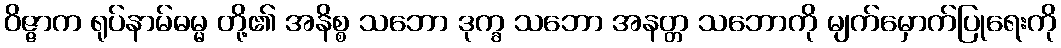
ဝိဇ္ဇာက ရုပ်နာမ်ဓမ္မ တို့၏ အနိစ္စ သဘော ဒုက္ခ သဘော အနတ္တ သဘောကို မျက်မှောက်ပြုရေးကို